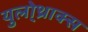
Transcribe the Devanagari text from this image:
युलो्थ्राक्स